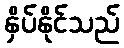
နှိပ်နိုင်သည်